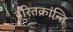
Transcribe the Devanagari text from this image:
हरितक्रांन्ति